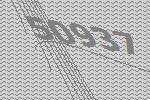
50937